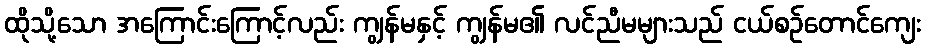
ထိုသို့သော အကြောင်းကြောင့်လည်း ကျွန်မနှင့် ကျွန်မ၏ လင်ညီမများသည် ငယ်စဉ်တောင်ကျေး